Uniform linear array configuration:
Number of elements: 64
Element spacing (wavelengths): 0.75
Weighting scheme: uniform
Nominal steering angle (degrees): -15
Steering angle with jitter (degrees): -13.389
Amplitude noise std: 0.05
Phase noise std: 0.05

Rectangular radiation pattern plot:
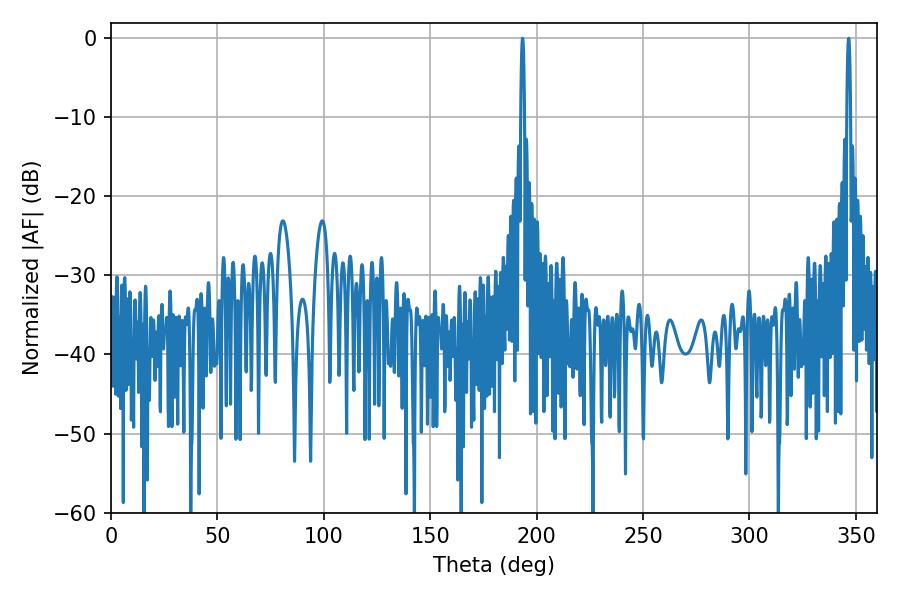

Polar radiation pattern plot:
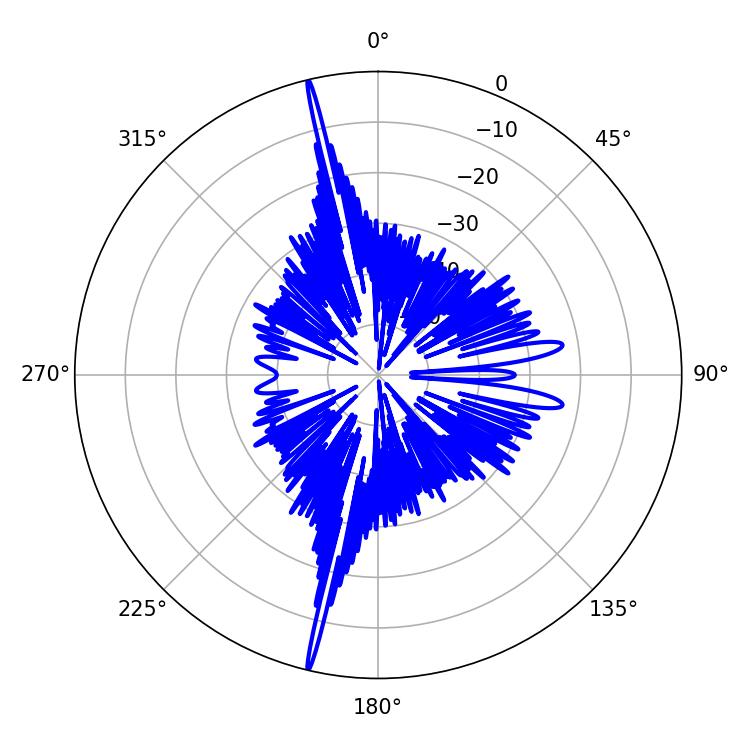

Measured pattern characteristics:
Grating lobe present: TRUE
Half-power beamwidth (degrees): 0.9
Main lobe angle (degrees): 193.32